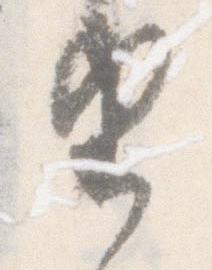
由